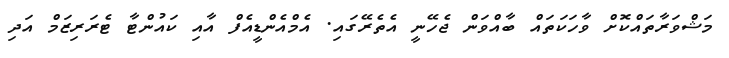
މަޝްވަރާތައްކޮށް ވާހަކަތައް ބާއްވަން ޖެހޭނީ އެތެރޭގައި. އެމްއެންޑީއެފް އާއި ކައުންޓާ ޓެރަރިޒަމް އަދި